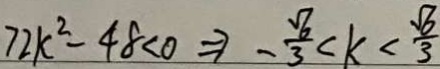
7 2 k ^ { 2 } - 4 8 < 0 \Rightarrow - \frac { \sqrt { 6 } } { 3 } < k < \frac { \sqrt { 6 } } { 3 }